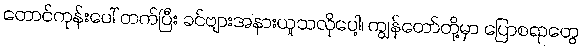
တောင်ကုန်းပေါ် တက်ပြီး ခင်ဗျားအနားယူသလိုပေါ့၊ ကျွန်တော်တို့မှာ ပြောစရာတွေ